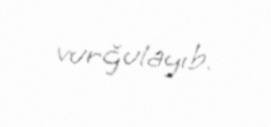
vurğulayıb.